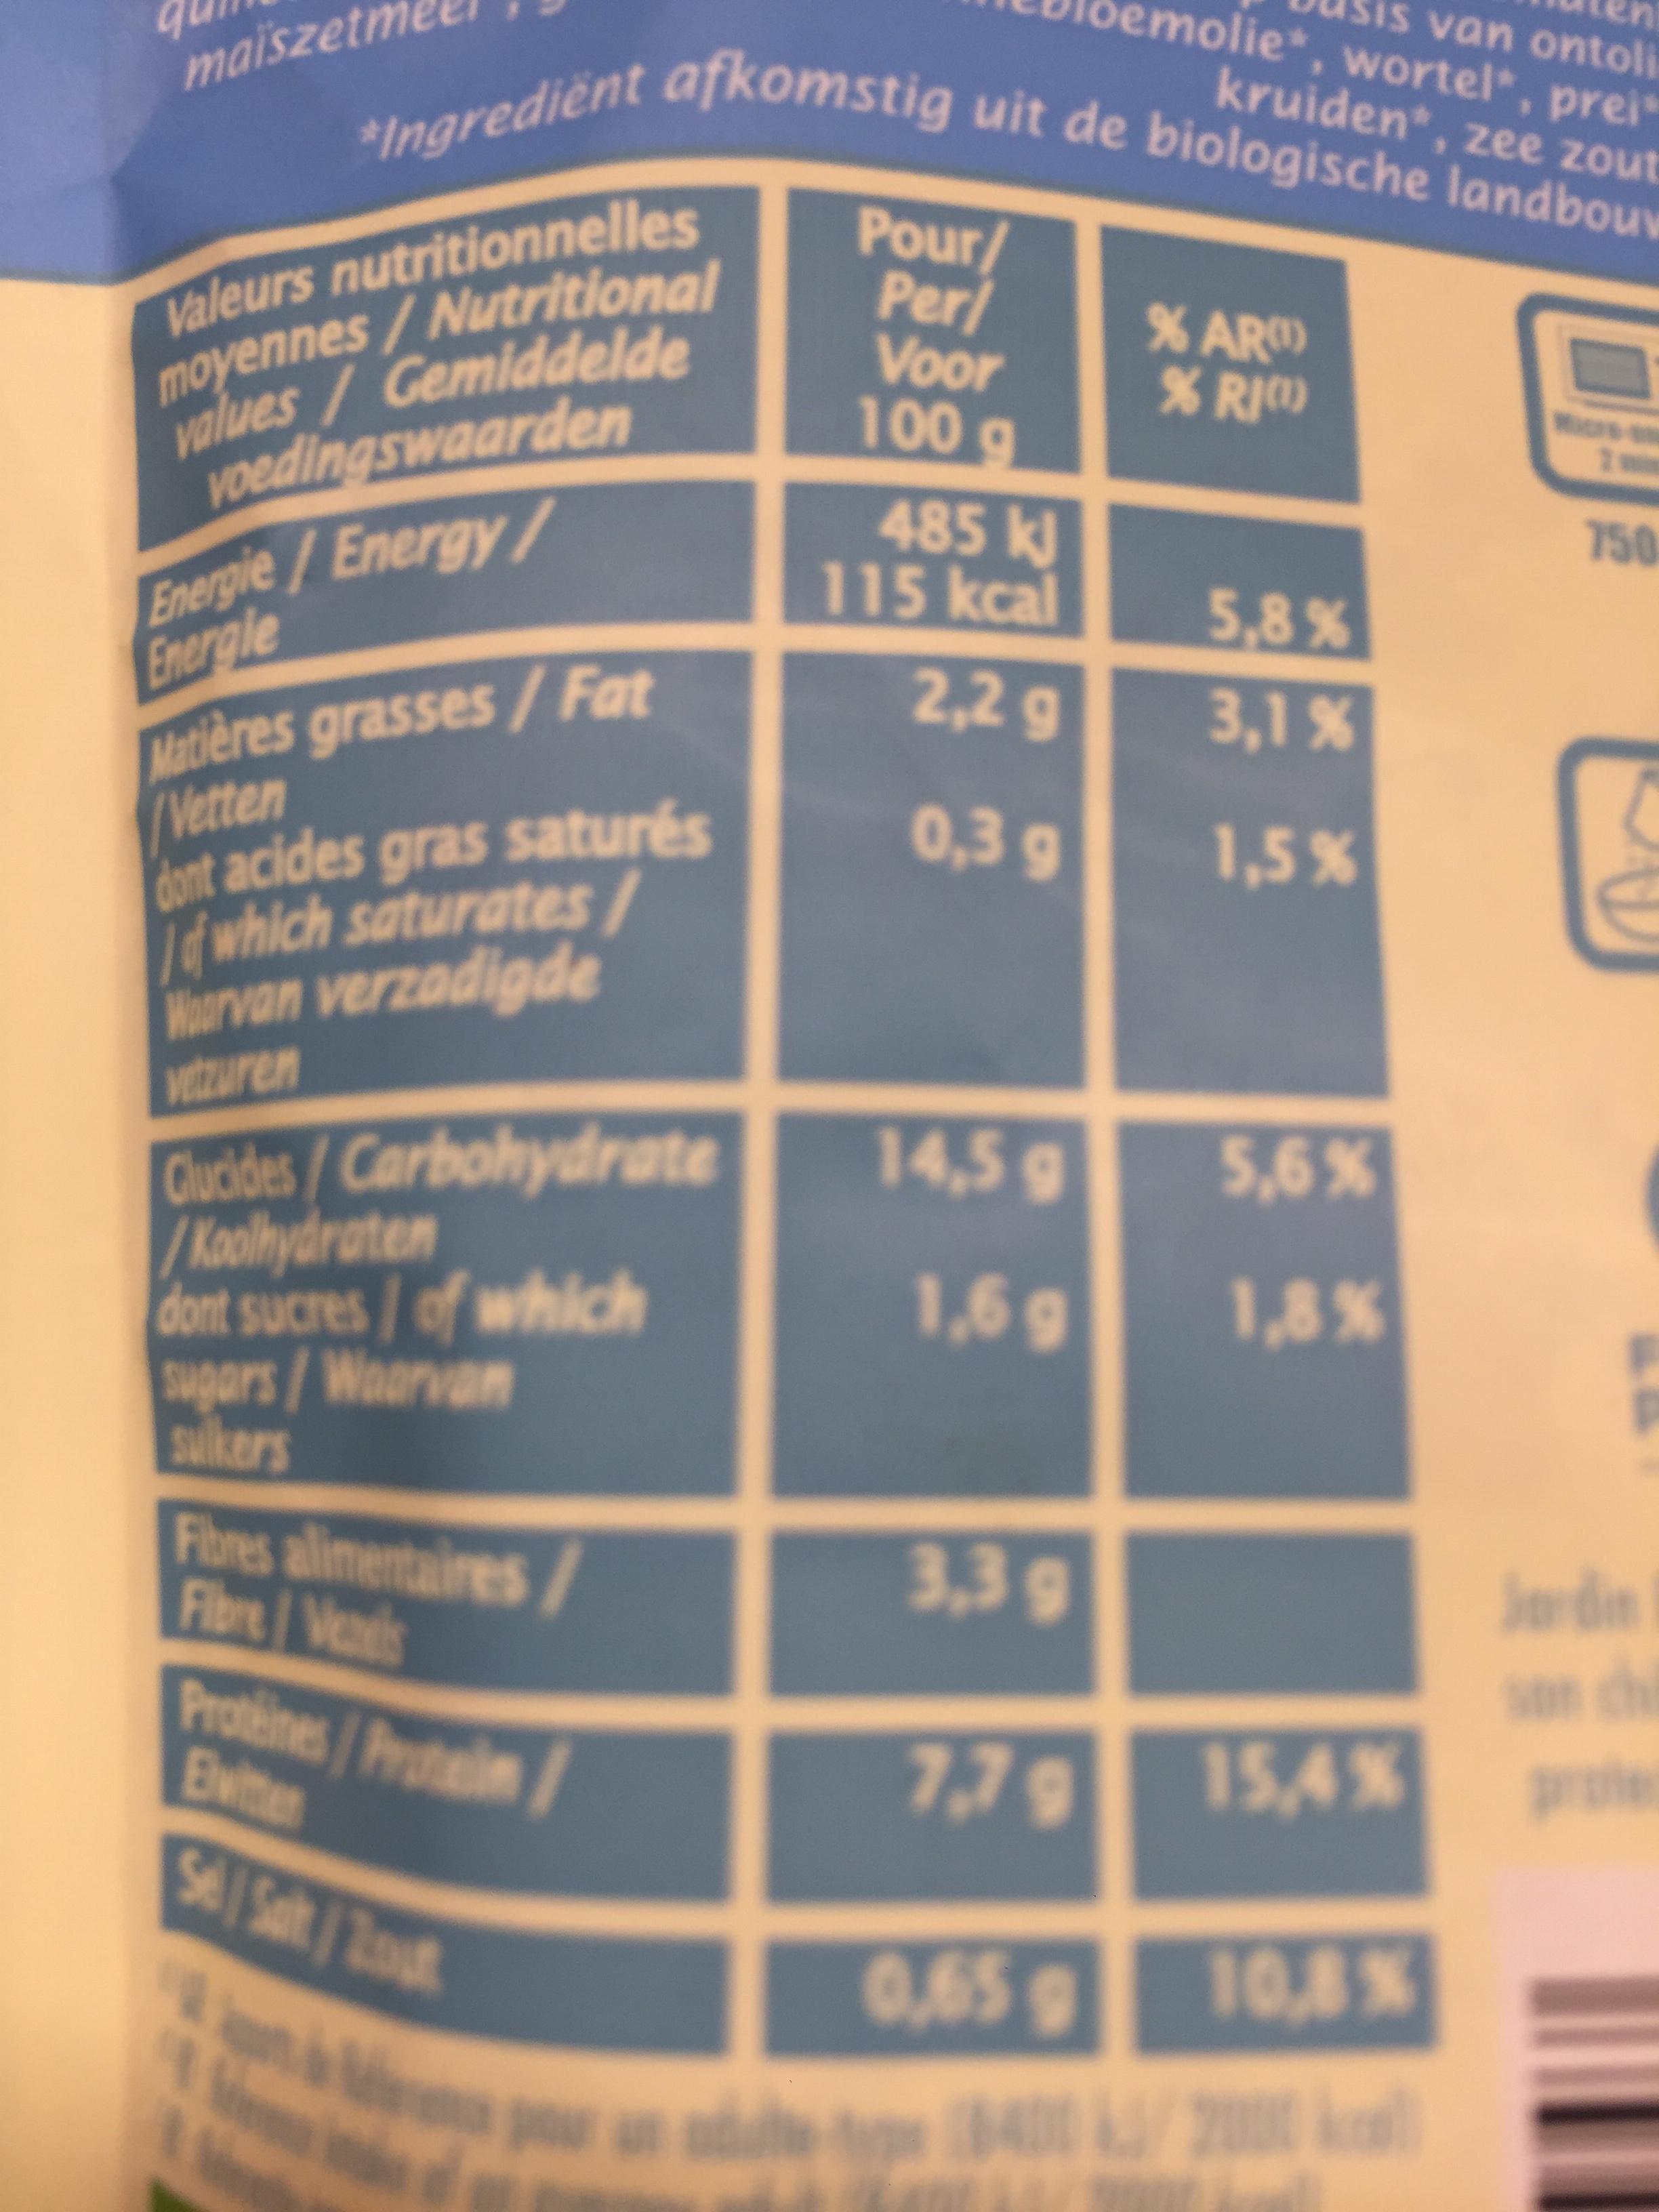
emolie*, wortel*, prei is van ontoli *Ingredient afkomstig uit de biologische landbouv maiszetm kruiden*, zee zout Valeurs nutritionnelles moyennes/Nutritional values /Gemiddelde voedingswaarden Pour/ Per/ Voor 100 g % AR % RI) Energie/Energy/ Energie Matières grasses/Fat Vetten dont acides gras saturés Id which saturates Wourvan verzadigde vitzuren 485 k] 115 kcal 750 5,8 % 2,2 g 3,1 % 0,3 g 1,5% 14,5 g Clucides/Carbohydrate /Koolhydraten dont sucres/of which sugers/Waarva sulkers 5,6% 1,6 g 1,8% Fibres alimentaires/ Filbre/Veels 3,3 g Jdin Proteines/Pro Evitter 15,4% 7,7 9 prte 0,65 108% na 4002